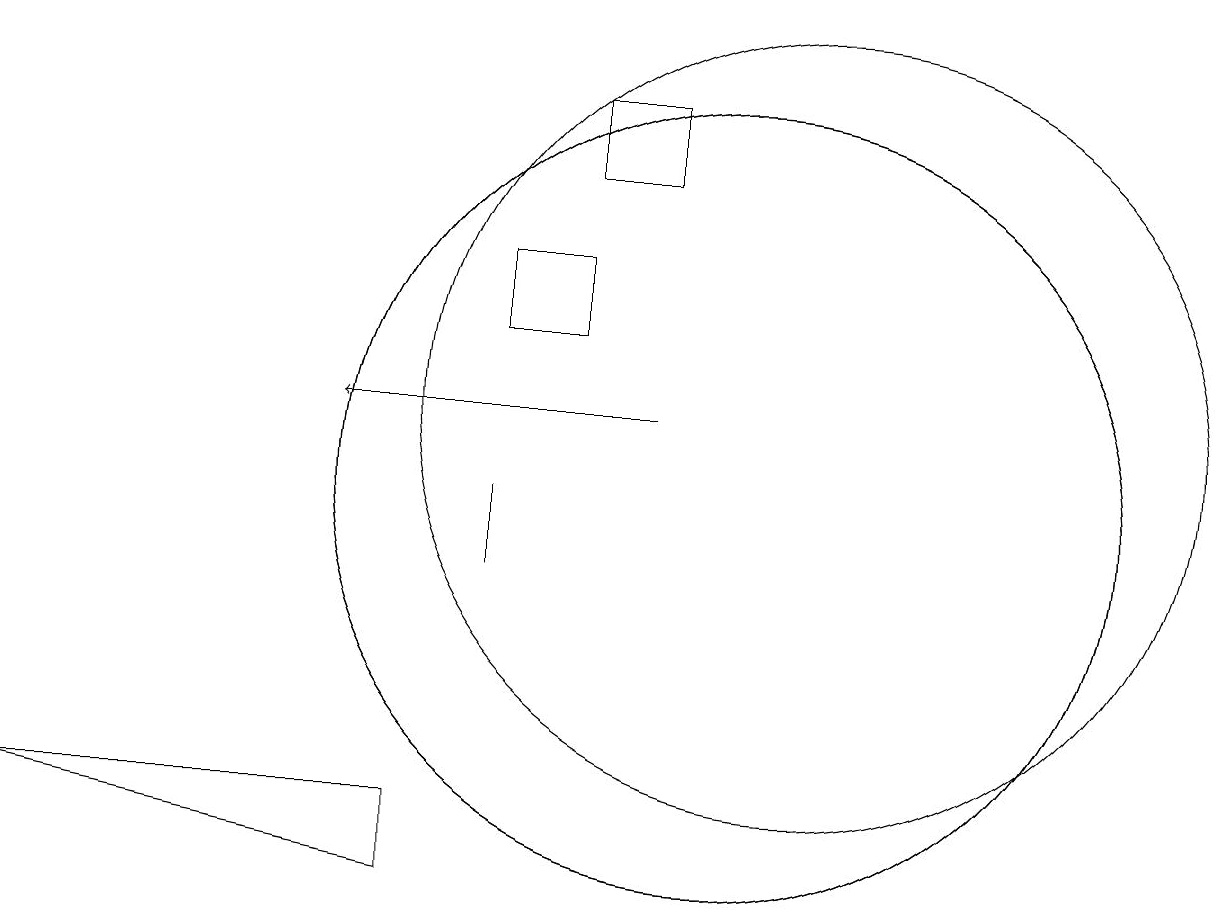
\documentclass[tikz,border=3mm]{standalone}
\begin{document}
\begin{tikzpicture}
\draw (11,12) circle (5);
\draw (7,11) rectangle (7,10);
\draw (7,14) rectangle (8,13);
\draw[->] (9,12) -- (5,12);
\draw (9,15) rectangle (8,16);
\draw (1,7) -- (6,7) -- (6,6) -- cycle;
\draw (10,11) circle (5);
\draw (10,11) circle (5);
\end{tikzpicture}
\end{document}